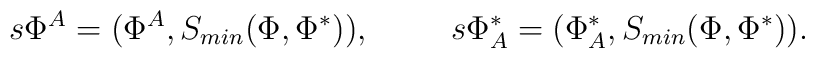
s \Phi^A = (\Phi^A , S_{min}( \Phi , \Phi^{\ast} )), \hspace{1cm} s \Phi_A^{\ast} = (\Phi_A^{\ast} , S_{min}( \Phi , \Phi^{\ast} )).